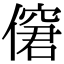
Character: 僒